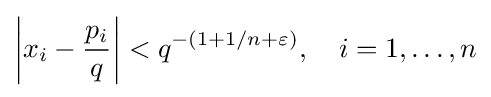
\left|x_{i}-{\frac {p_{i}}{q}}\right|<q^{-(1+1/n+\varepsilon )},\quad i=1,\ldots ,n